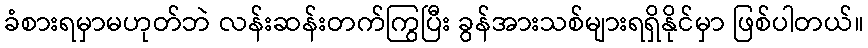
ခံစားရမှာမဟုတ်ဘဲ လန်းဆန်းတက်ကြွပြီး ခွန်အားသစ်များရရှိနိုင်မှာ ဖြစ်ပါတယ်။